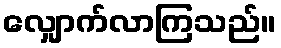
လျှောက်လာကြသည်။